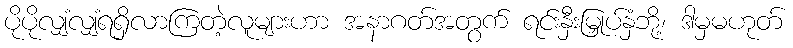
ပိုပိုလျှံလျှံရရှိလာကြတဲ့လူများဟာ အနာဂတ်အတွက် ရင်းနှီးမြှုပ်နှံဘို့၊ ဒါမှမဟုတ်